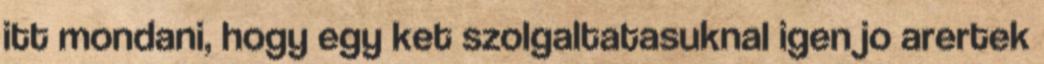
itt mondani, hogy egy ket szolgaltatasuknal igen jo arertek